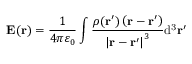
\mathbf { E ( r ) } = { \frac { 1 } { 4 \pi \varepsilon _ { 0 } } } \int { \frac { \rho ( \mathbf { r ^ { \prime } } ) \left( \mathbf { r } - \mathbf { r ^ { \prime } } \right) } { \left| \mathbf { r } - \mathbf { r ^ { \prime } } \right| ^ { 3 } } } \mathrm { d ^ { 3 } } \mathbf { r ^ { \prime } }